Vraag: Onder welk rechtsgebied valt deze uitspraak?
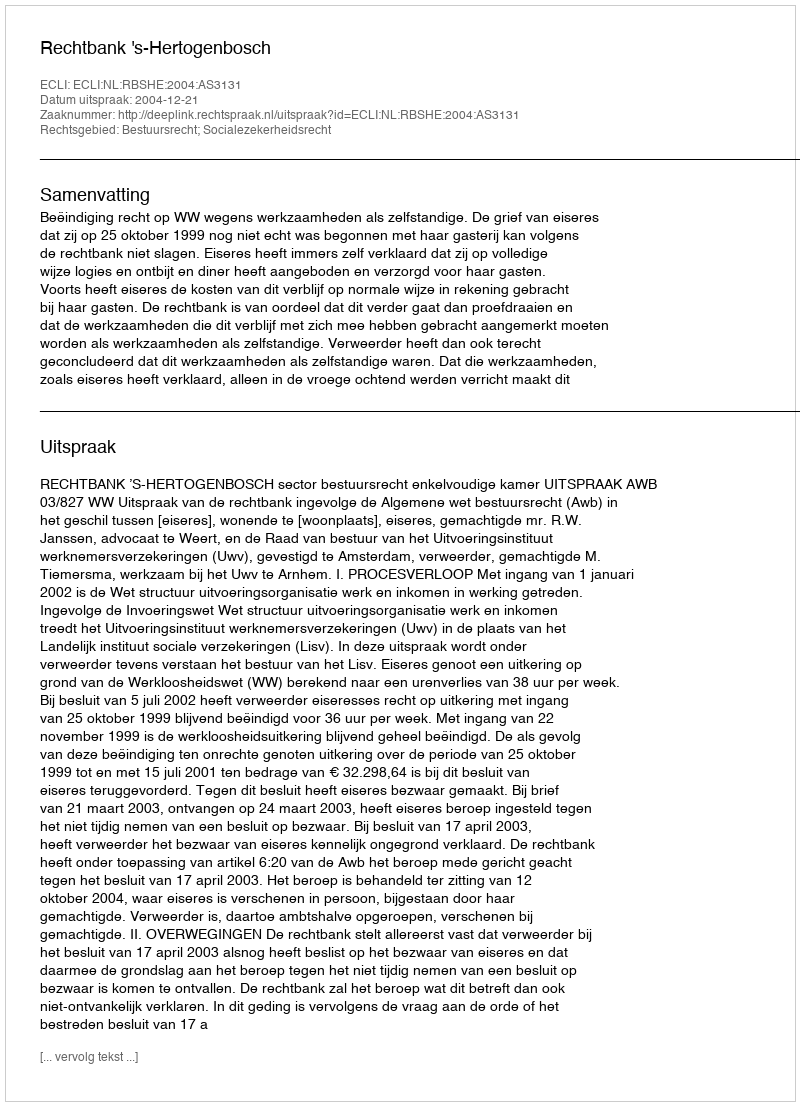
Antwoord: Bestuursrecht; Socialezekerheidsrecht